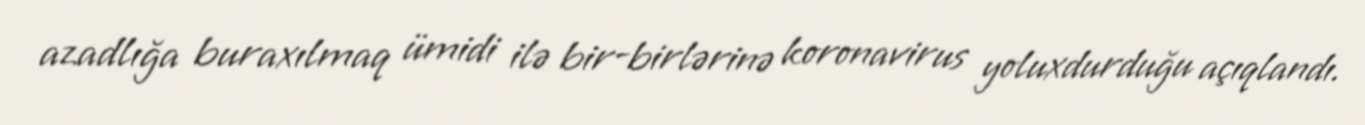
azadlığa buraxılmaq ümidi ilə bir-birlərinə koronavirus yoluxdurduğu açıqlandı.